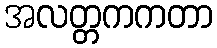
အလတ္တကကတာ